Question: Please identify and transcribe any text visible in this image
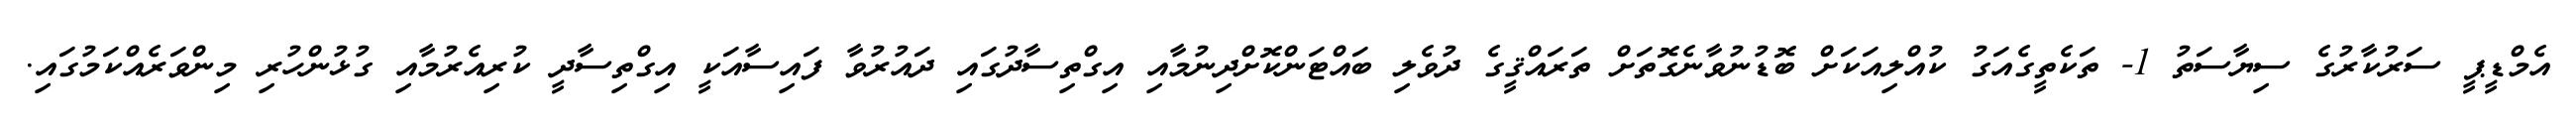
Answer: އެމްޑީޕީ ސަރުކާރުގެ ސިޔާސަތު 1- ތަކެތީގެއަގު ކުއްލިއަކަށް ބޮޑުނުވާނެގޮތަށް ތަރައްޤީގެ ދުވެލި ބައްޓަންކޮށްދިނުމާއި އިގްތިސާދުގައި ދައުރުވާ ފައިސާއަކީ އިގްތިސާދީ ކުރިއެރުމާއި ގުޅުންހުރި މިންވަރެއްކަމުގައި.